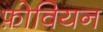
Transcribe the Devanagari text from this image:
फ़ोवियन